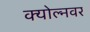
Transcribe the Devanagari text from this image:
क्योल्नवर